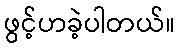
ဖွင့်ဟခဲ့ပါတယ်။